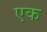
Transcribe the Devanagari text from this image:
एक